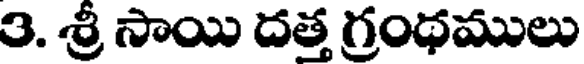
3. శ్రీ సాయి దత్త గ్రంథములు